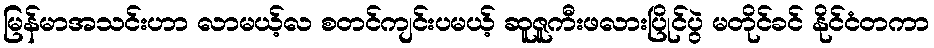
မြန်မာအသင်းဟာ လာမယ့်လ စတင်ကျင်းပမယ့် ဆူဇူကီးဖလားပြိုင်ပွဲ မတိုင်ခင် နိုင်ငံတကာ